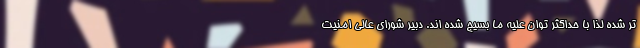
تر شده لذا با حداکثر توان علیه ما بسیج شده اند. دبیر شورای عالی امنیت